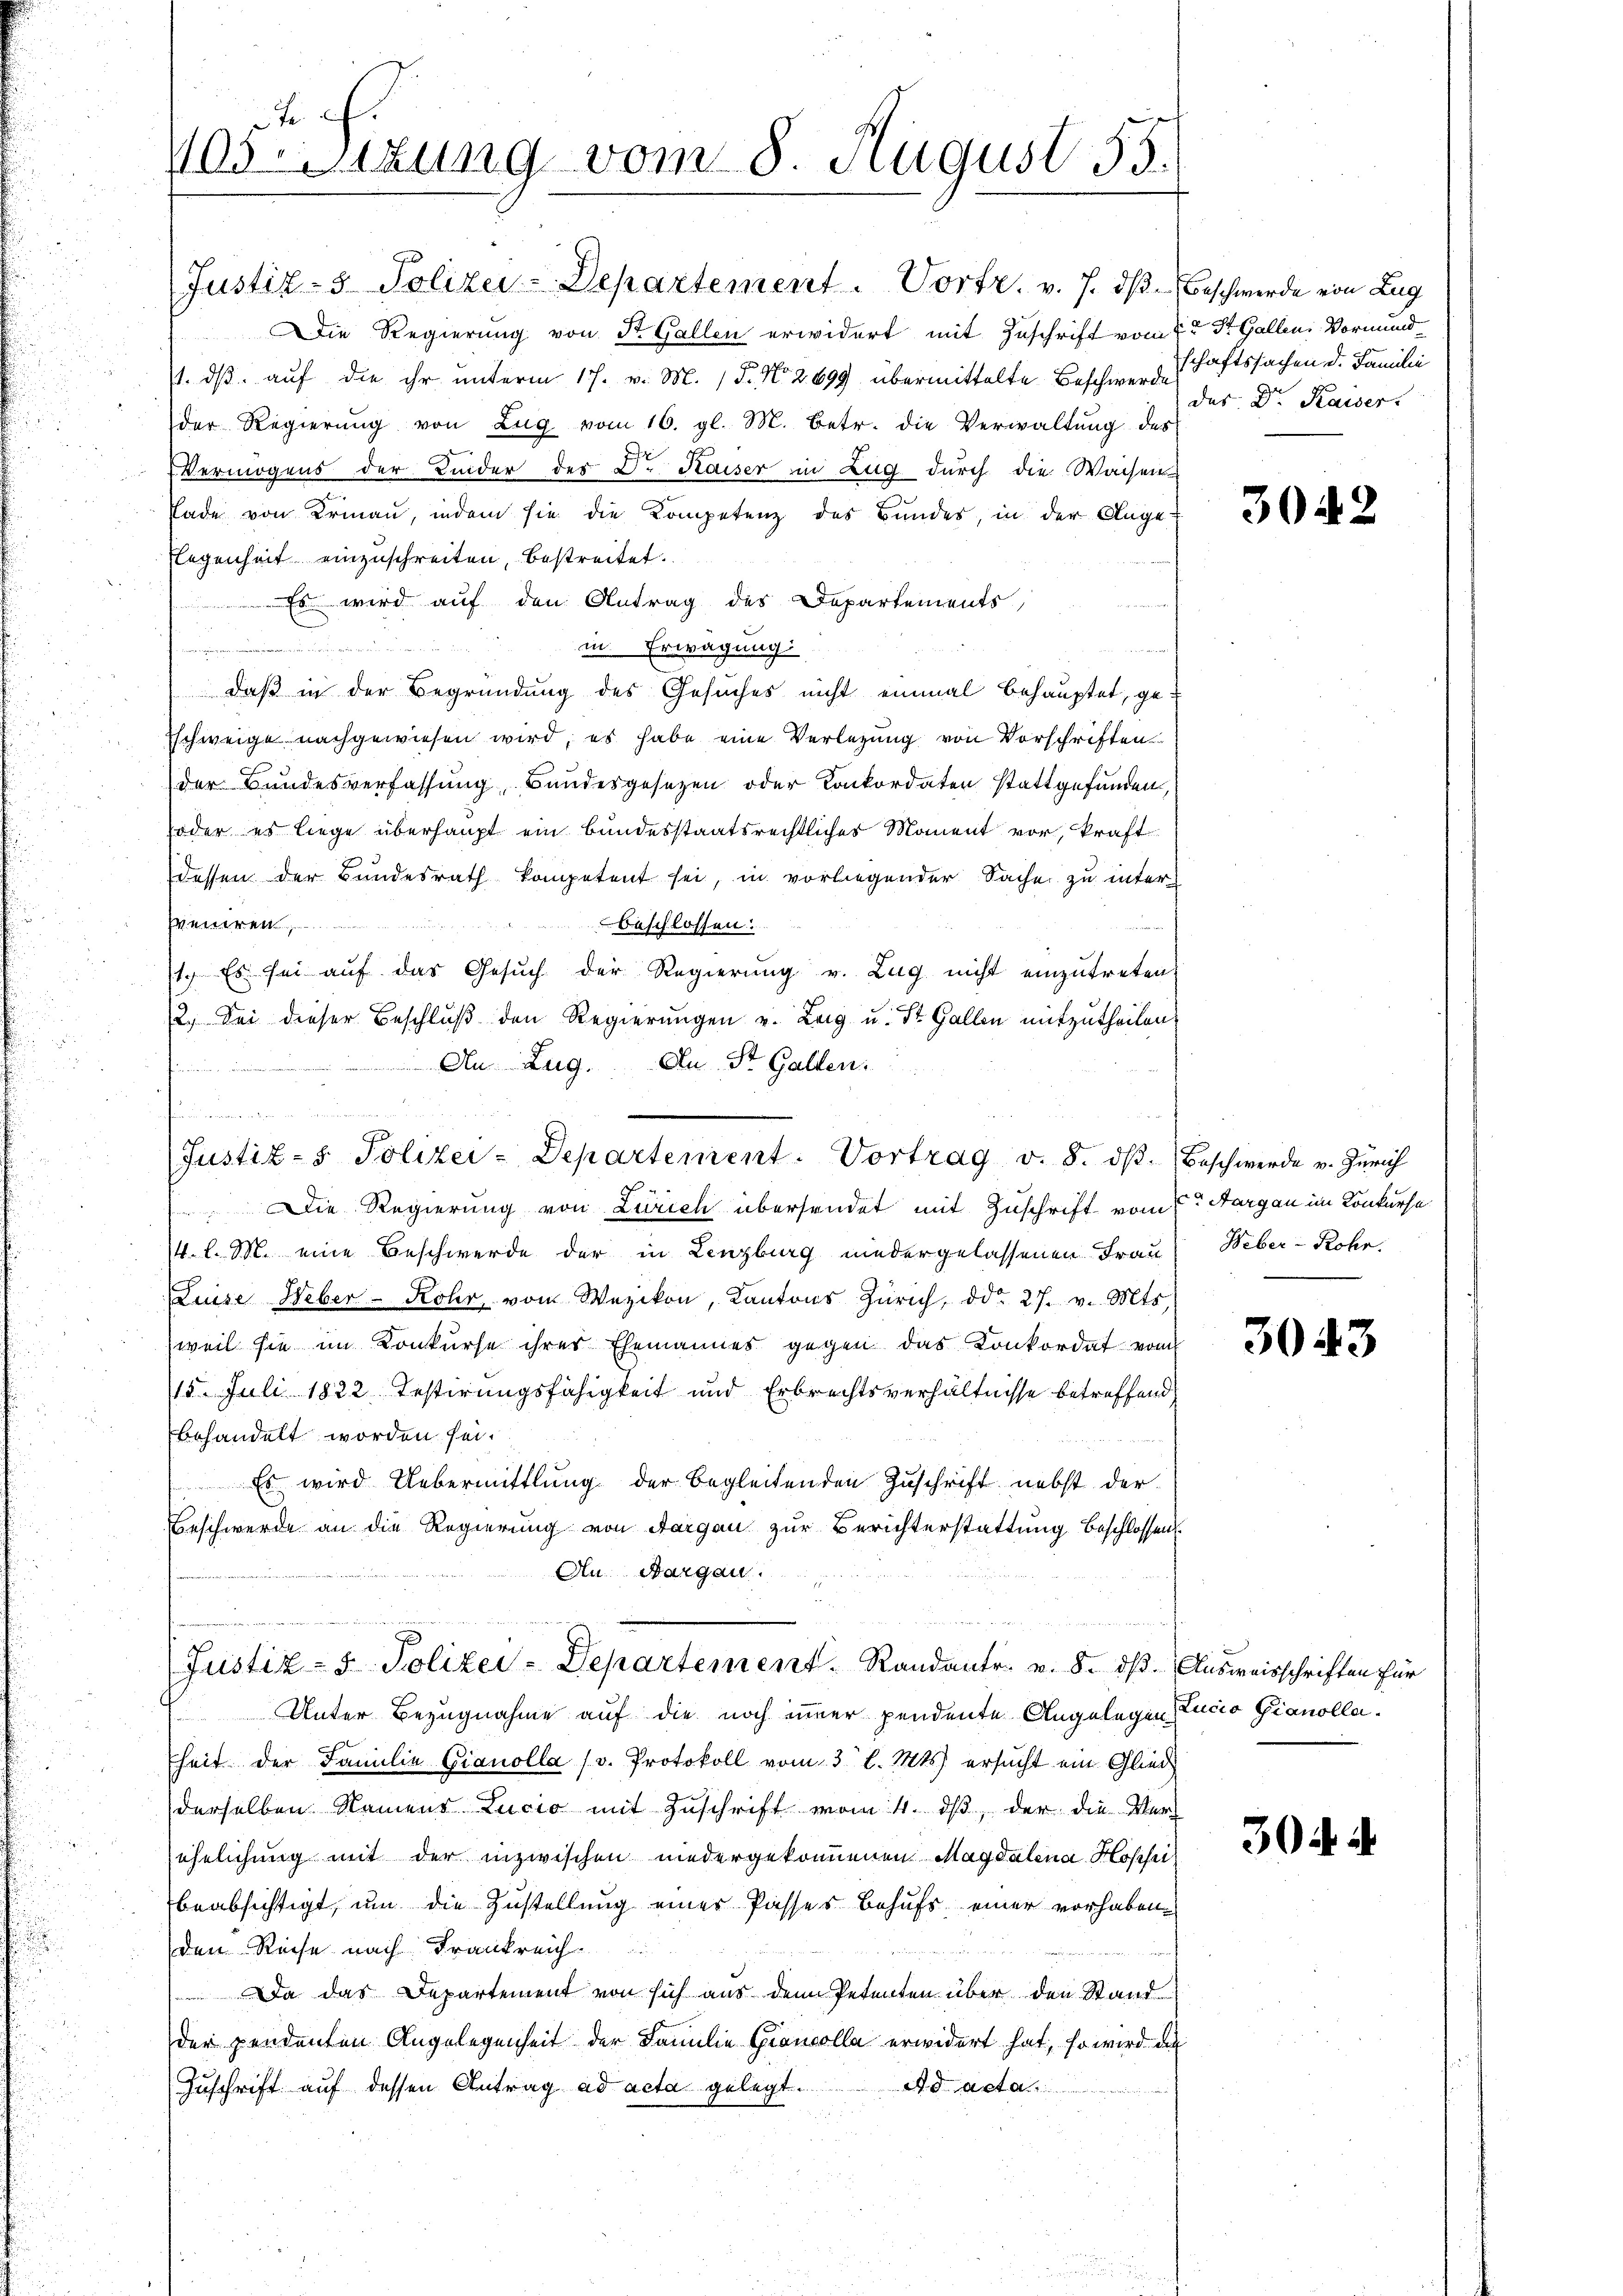
t f.
ssizung vom 8 August 55.

Justiz- & Polizei-Departement. Vortr. v. J. dß. Beschwerde von Zug
Die Regierung von St. Gallen erwidert mit Zuschrift vom 2ten St. Gallen. Vormund
. dß auf die ihr unterm 17. v. M. 15. No 2699 übermittelte Beschwerde schaftssachen d. Famili
der Regierung von Zug vom 16. gl. M. betr. die Verwaltung des
Vermögens der Linder des D. Kaiser in Zug durch die Wachen
Lade von Krinau, indem sie die Kompetenz des Bundes, in der Auge
legenheit einzuschreiten, bestreitet.
Es wird auf den Antrag des Departements
in Erwägung

daß in der Begründung des Gesuches nicht einmal behauptet, ge-
Eschweige nachgewiesen wird, es habe eine Verlegung von Vorschriften
der Bundesverfassung, Bandesgesetzen oder Konkordaten stattgefunden.
oder es liege überhaupt ein bundesstaatsrechtliches Moment vor, kraft
dessen der Bundesrath kompetent sei, in vorliegender Sache zu inter
veniren,
beschlossen:
1.) Es sei aŭf das Gesŭch der Regierŭng v. Zug nicht einzŭtreten.
2. Bei dieser Beschlŭβ den Regierŭngen u. Leig u. St. Gallen mitzutheilen.
An Zug. An St. Gallen.
.
fündigungen un

Justiz- & Polizei-Departement. Vortrag v. 8. dβ. Beschwerde v. Zürich

u
Justiz- & Polizei-Departement. Randante. v. 8. dß. Ausweisschriften für

n
 Die Regierung von Zürich übersendet mit Zuschrift vom 5ten Aargau im Konkurse
4. l. M. eine Beschwerde der in Lenzburg niedergelassenen Frau
Luise Weber- Rohr, vom Wezikon, Kantons Zürich, ddo 27. v. Mts.
weil sie im Konkurse ihrer Ehemannes gegen das Konkordat vom
15. Juli 1822. Testirungsfähigkeit und Erbrechtsverhältnisse betreffend
behandelt worden sei.
Es wird Uebermittlung der begleitenden Zuschrift nebst der
Beschwerde an die Regierung von Aargau zur Berichterstattung beschlossen.
An Aargau.
Unter Bezugnahme auf die noch immer pendente Angelegen Lucia Gianollaheit der Familie Gianolla (v. Protokoll vom 3. l. Mts. ersucht ein Glied
derselben Namens Lucio mit Zuschrift vom 4. dβ, der die Verehelichung mit der inzwischen niedergekommenen Magdalena Hopfer
beabsichtigt, um die Zustellung einer Passes Behufs einer vorhabenden Reise nach Frankreich
u
 Da das Departement von sich aus dem Petenten über den Stand
der pendanten Angelegenheit der Familie Grancolla erwidert hat, so wird die
ad acta
Zuschrift auf dessen Antrag ad acta gelegt.

das Dr. Kaiser.

3042

Heber - Rohr.

3043

30 u. a